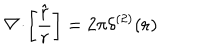
{ \bf \nabla } \! \cdot \! \left[ \frac { \hat { \bf r } } { r } \right] = 2 \pi \delta ^ { ( 2 ) } ( { \bf r } ) \;